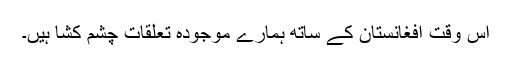
اس وقت افغانستان کے ساتھ ہمارے موجودہ تعلقات چشم کشا ہیں۔